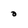
Character: 0